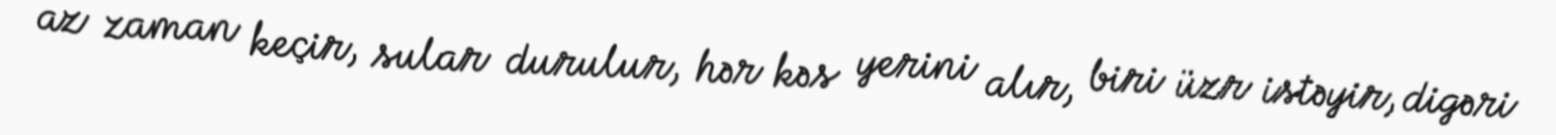
az zaman keçir, sular durulur, hər kəs yerini alır, biri üzr istəyir, digəri